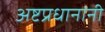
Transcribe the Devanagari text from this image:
अष्टप्रधानांनी